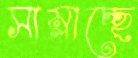
সাম্‌লাচ্ছে